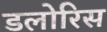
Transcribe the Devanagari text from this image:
डलोरिस